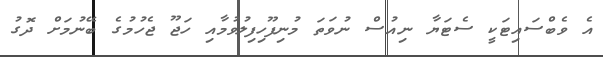
އެ ވެބްސައިޓަކީ ސެޓަޔާ ނިއުސް ނުވަތަ މުނިފޫހިފިލުވުމާއި ހަޖޫ ޖެހުމުގެ ބޭނުމަށް ދޮގު